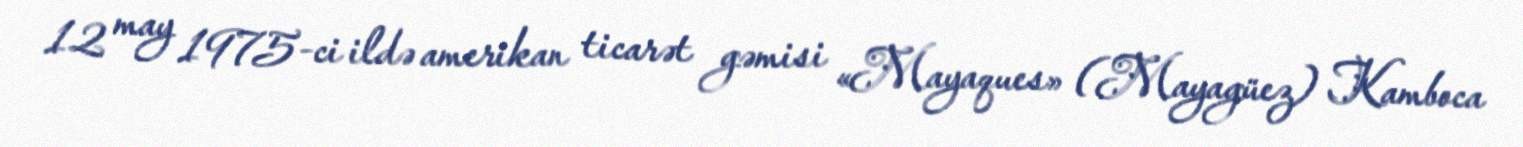
12 may 1975-ci ildə amerikan ticarət gəmisi «Mayaques» (Mayagüez) Kamboca